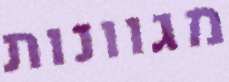
מגוונות